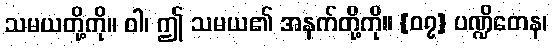
သမယတို့ကို။ ဝါ၊ ဤ သမယ၏ အနက်တို့ကို။ {၀၇} ပဏ္ဍိတေန၊